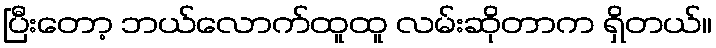
ပြီးတော့ ဘယ်လောက်ထူထူ လမ်းဆိုတာက ရှိတယ်။